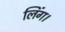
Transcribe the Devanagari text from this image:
लिंग।